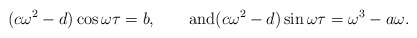
\begin{align*}(c\omega^2-d)\cos\omega\tau=b,\qquad\mbox{and}(c\omega^2-d)\sin\omega\tau=\omega^3-a\omega.\end{align*}